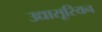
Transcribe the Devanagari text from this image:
उद्यासूरियन